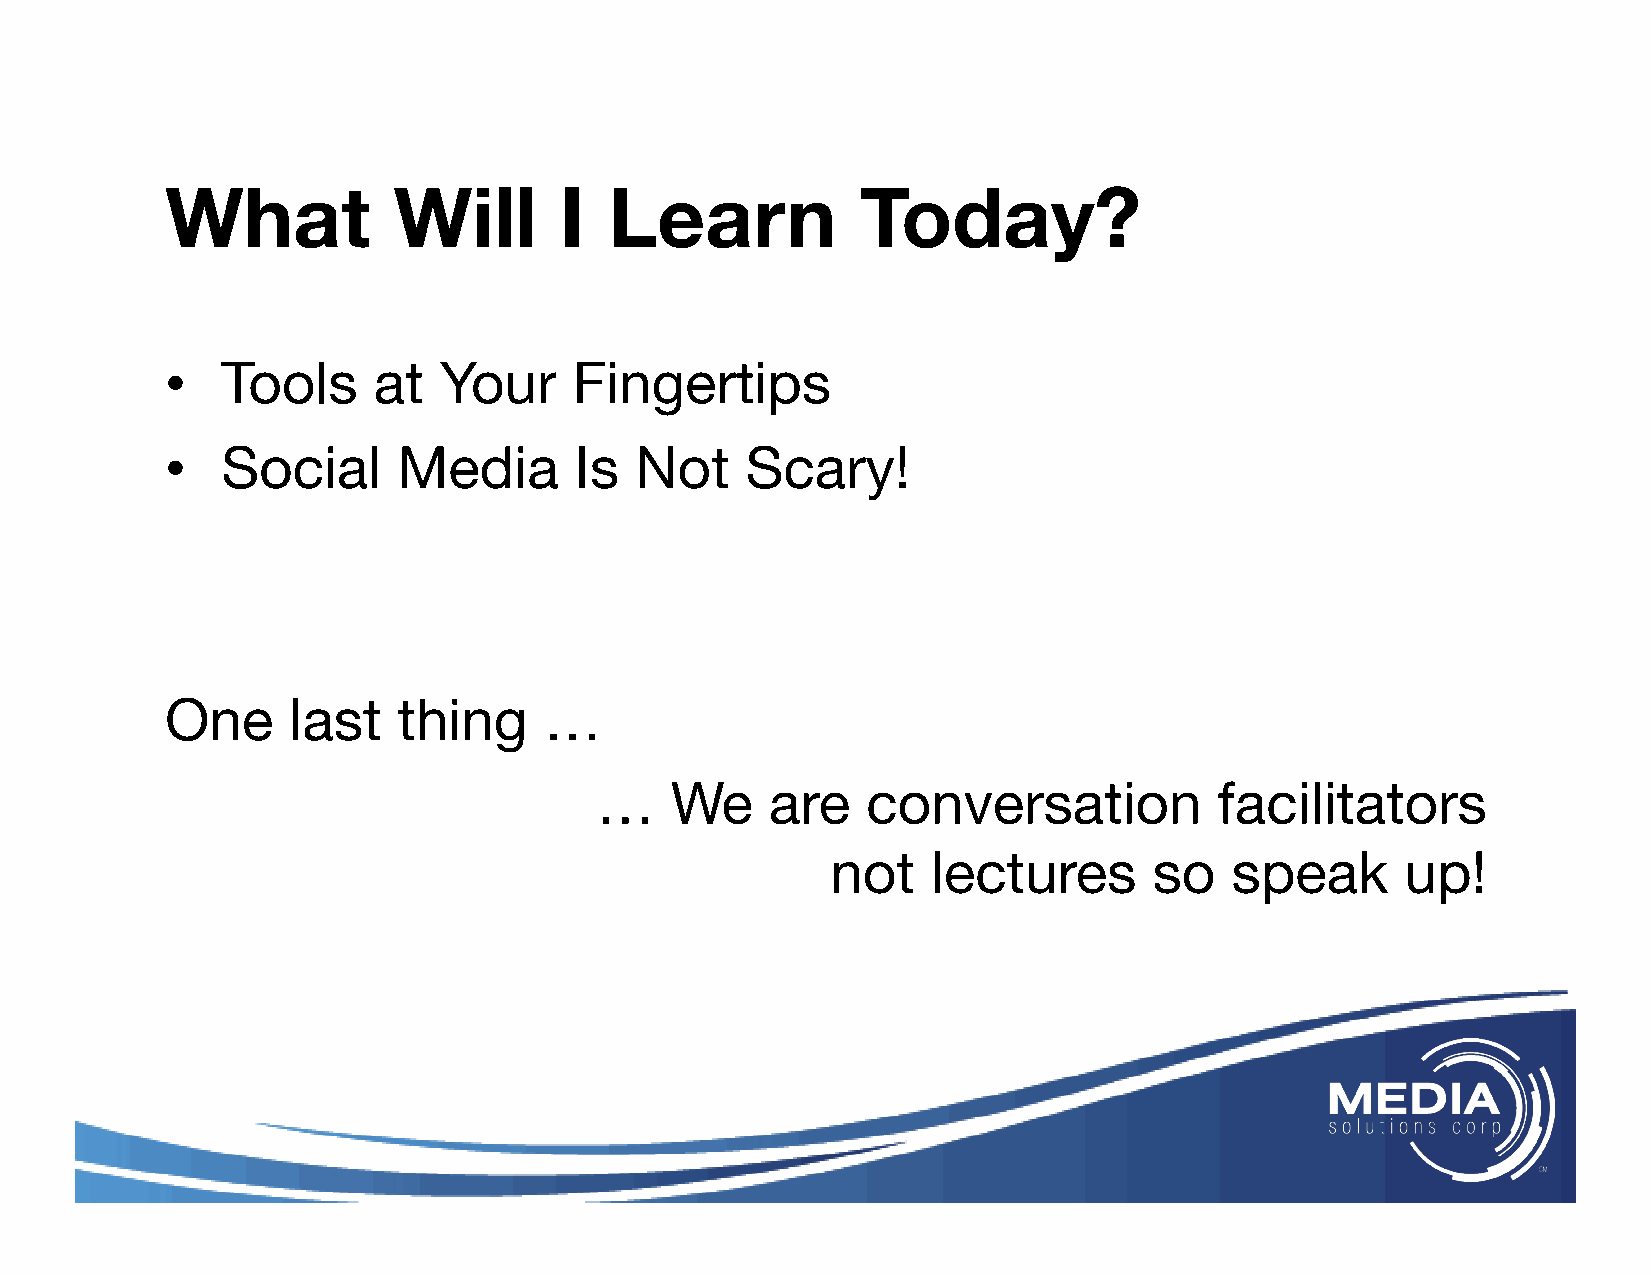
What           Will       I  Learn            Today?
 •   Tools     at  Your     Fingertips
 •   Social     Media       Is  Not    Scary!
 One     last   thing     …
 …    We     are   conversation            facilitators
 not    lectures      so   speak       up!